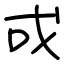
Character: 戓